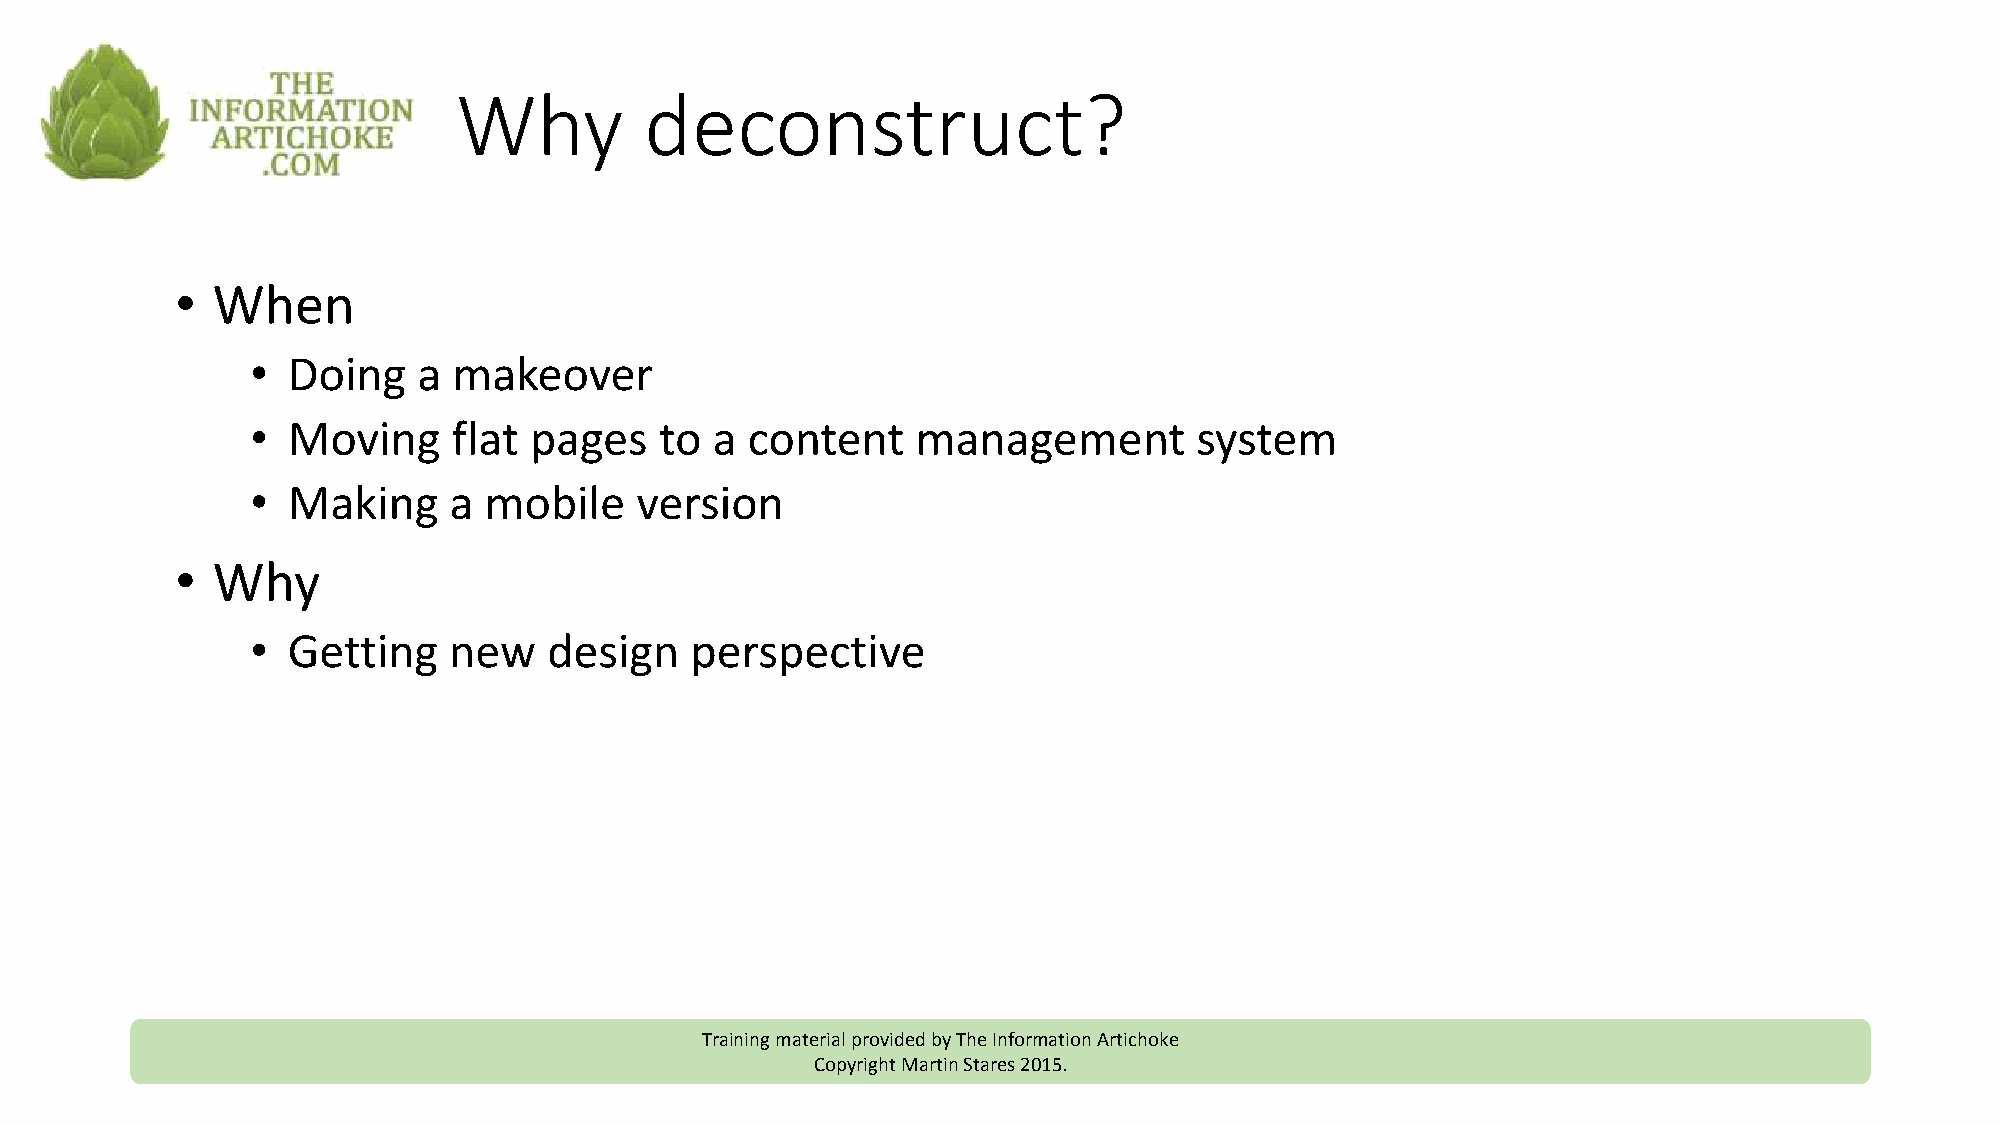
Why          deconstruct?
 • When
 • Doing    a makeover
 • Moving     flat pages    to a content     management        system
 • Making     a mobile    version
 • Why
 • Getting    new   design    perspective
 Training material provided by The Information Artichoke
 Copyright Martin Stares 2015.